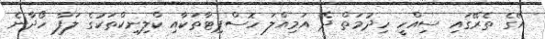
އޭގެ ތެރޭގައި ސިއްހީ ހިދުމަތް ދޭ އަމިއްލަ ހޮސްޕިޓާތަކާއި ކްލިނިކްތަކުގެ ލަފާ ހޯދާނެ